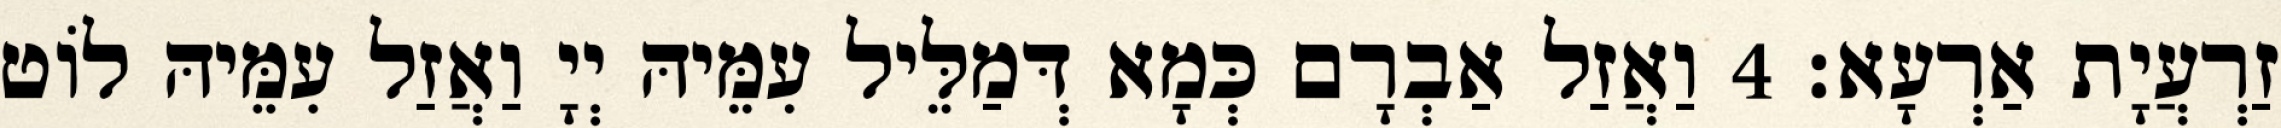
זַרְעֲיָת אַרְעָא׃ 4 וַאֲזַל אַבְרָם כְּמָא דְּמַלֵּיל עִמֵּיהּ יְיָ וַאֲזַל עִמֵּיהּ לוֹט